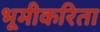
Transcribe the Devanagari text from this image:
भूमीकरिता